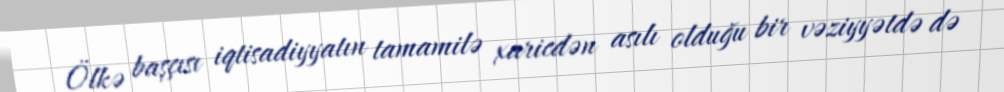
Ölkə başçısı iqtisadiyyatın tamamilə xaricdən asılı olduğu bir vəziyyətdə də